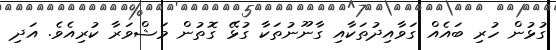
ގުޅުން ހުރި ބައެއް ގަވާއިދުތަކާއި ގާނޫނުތަކާ ގުޅޭ ގޮތުން މަޝްވަރާ ކުރިއެވެ. އަދި